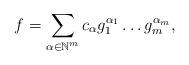
LaTeX: \begin{align*}f = \sum_{\alpha\in\mathbb{N}^m}c_{\alpha}g_1^{\alpha_1}\ldots g_m^{\alpha_m},\end{align*}